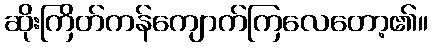
ဆိုးကြိတ်ကန်ကျောက်ကြလေတော့၏။